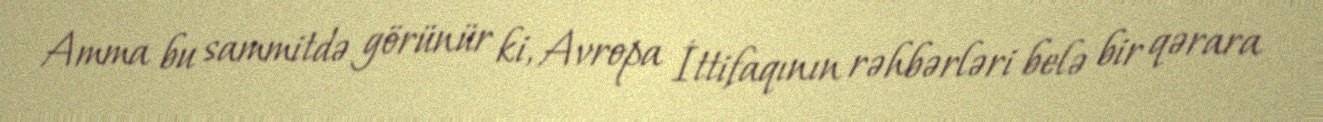
Amma bu sammitdə görünür ki, Avropa İttifaqının rəhbərləri belə bir qərara